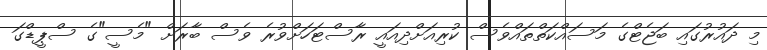
މި ދައުރުގައި ބަޖެޓްގެ މަސައްކަތްތައްވެސް ކުރިއަށްދިއައީ ރާސްޓަހަށްވުރެ ވެސް ބާރަށް "މެސީ"ގެ ސްޕީޑްގަ